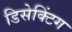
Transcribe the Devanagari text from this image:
डिसेक्टिंग